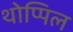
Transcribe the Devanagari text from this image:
थोप्पिल